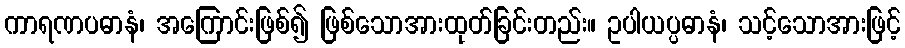
ကာရဏပဓာနံ၊ အကြောင်းဖြစ်၍ ဖြစ်သောအားထုတ်ခြင်းတည်း။ ဥပါယပ္ပဓာနံ၊ သင့်သောအားဖြင့်